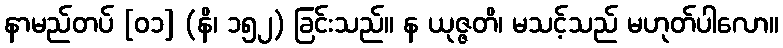
နာမည်တပ် [၀၁] (နိ၊ ၁၅၂) ခြင်းသည်။ န ယုဇ္ဇတိ၊ မသင့်သည် မဟုတ်ပါလော။